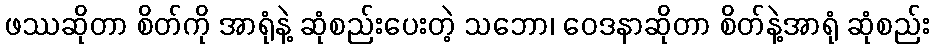
ဖဿဆိုတာ စိတ်ကို အာရုံနဲ့ ဆုံစည်းပေးတဲ့ သဘော၊ ဝေဒနာဆိုတာ စိတ်နဲ့အာရုံ ဆုံစည်း